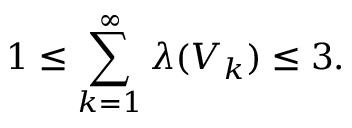
1 \leq \sum _ { k = 1 } ^ { \infty } \lambda ( V _ { k } ) \leq 3 .